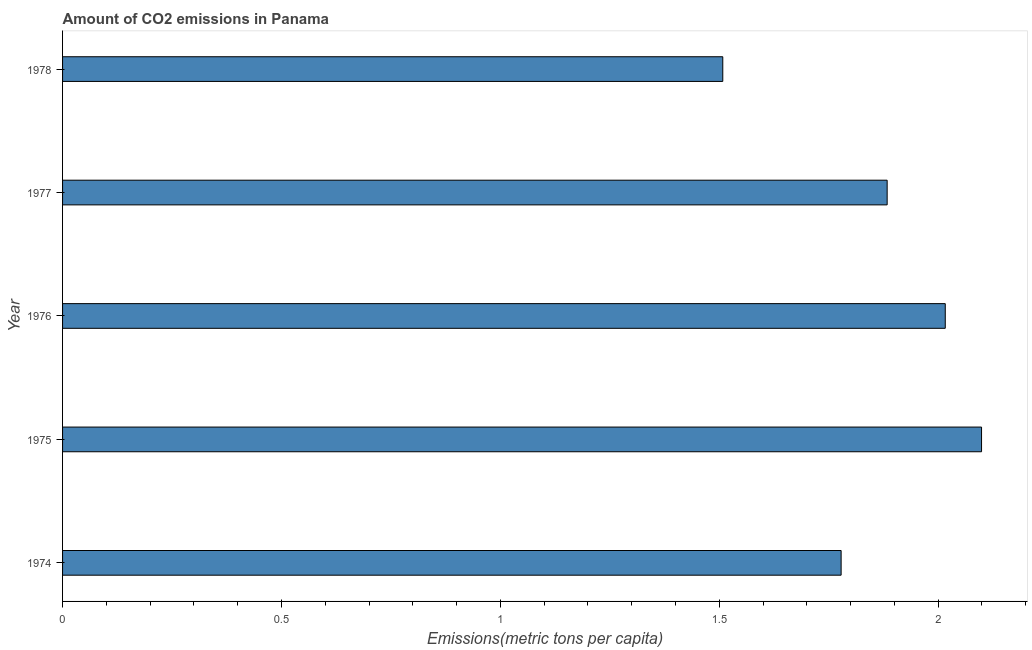
| Year | CO2 emissions |
 | --- | --- |
 | 1974 | 1.78 |
 | 1975 | 2.1 |
 | 1976 | 2.02 |
 | 1977 | 1.88 |
 | 1978 | 1.51 |